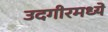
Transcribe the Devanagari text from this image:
उदगीरमध्ये